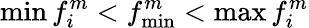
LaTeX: \operatorname*{min}{f_{i}^{m}}<f_{\operatorname*{min}}^{m}<\operatorname*{max}{f_{i}^{m}}